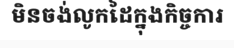
មិនចង់លូកដៃក្នុងកិច្ចការ